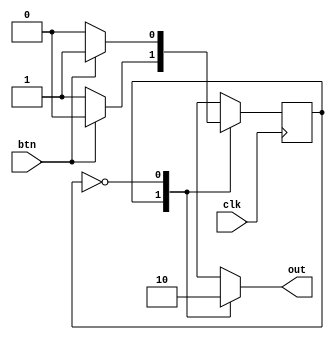
/*
   This file was generated automatically by the Mojo IDE version B1.3.6.
   Do not edit this file directly. Instead edit the original Lucid source.
   This is a temporary file and any changes made to it will be destroyed.
*/

module button_control_4 (
    input clk,
    input btn,
    output reg out
  );
  
  
  
  localparam MANUAL_bc = 1'd0;
  localparam AUTO_bc = 1'd1;
  
  reg M_bc_d, M_bc_q = MANUAL_bc;
  
  always @* begin
    M_bc_d = M_bc_q;
    
    M_bc_d = M_bc_q;
    out = 1'h0;
    
    case (M_bc_q)
      AUTO_bc: begin
        if (btn == 1'h1) begin
          M_bc_d = MANUAL_bc;
        end
        out = 1'h1;
      end
      MANUAL_bc: begin
        if (btn == 1'h1) begin
          M_bc_d = AUTO_bc;
        end
        out = 1'h0;
      end
    endcase
  end
  
  always @(posedge clk) begin
    M_bc_q <= M_bc_d;
  end
  
endmodule